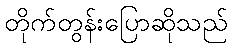
တိုက်တွန်းပြောဆိုသည်